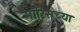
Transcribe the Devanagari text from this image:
मॉरिसच्या